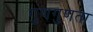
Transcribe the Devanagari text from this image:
गुणगुणता